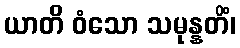
ယာတိ ဝံသော သမုန္နတိံ၊